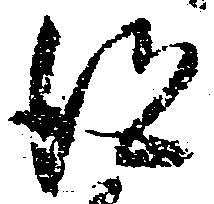
得